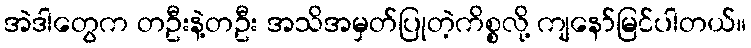
အဲဒါတွေက တဦးနဲ့တဦး အသိအမှတ်ပြုတဲ့ကိစ္စလို့ ကျနော်မြင်ပါတယ်။